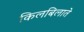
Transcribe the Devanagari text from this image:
किलबिलाते